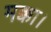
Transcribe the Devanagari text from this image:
मक्का।